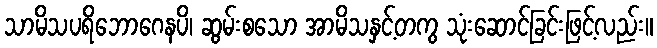
သာမိသပရိဘောဂေနပိ၊ ဆွမ်းစသော အာမိသနှင့်တကွ သုံးဆောင်ခြင်းဖြင့်လည်း။